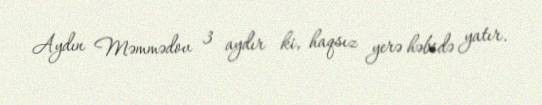
Aydın Məmmədov 3 aydır ki, haqsız yerə həbsdə yatır.